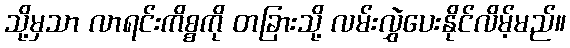
သို့မှသာ လာရင်းကိစ္စကို တခြားသို့ လမ်းလွှဲပေးနိုင်လိမ့်မည်။